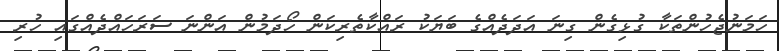
ހަމަނުޖެހުންތަކާ ގުޅިގެން ގިނަ އަދަދެއްގެ ބަޔަކު ރައްކާތެރިކަން ހޯދަމުން އަންނަ ސަރަހައްދެއްގައި ހުރި